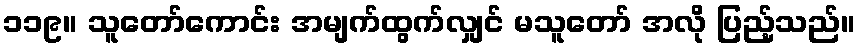
၁၁၉။ သူတော်ကောင်း အမျက်ထွက်လျှင် မသူတော် အလို ပြည့်သည်။